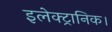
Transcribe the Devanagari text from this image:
इलेक्ट्रानिक।